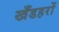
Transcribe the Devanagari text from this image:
खँडहरों